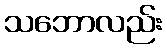
သဘောလည်း